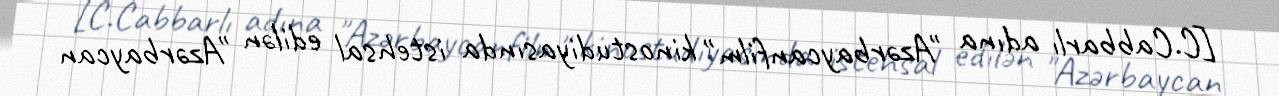
[C.Cabbarlı adına "Azərbaycanfilm" kinostudiyasında istehsal edilən "Azərbaycan